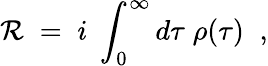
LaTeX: \mathcal{R}\; =\; i\; \int_{0}^{\infty}d\tau\; \rho(\tau)\; \; ,